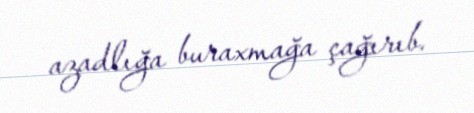
azadlığa buraxmağa çağırıb.